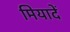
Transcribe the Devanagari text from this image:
मियादें